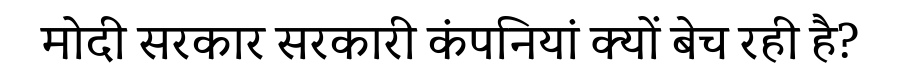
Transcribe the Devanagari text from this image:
मोदी सरकार सरकारी कंपनियां क्यों बेच रही है?